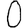
Digit: 0